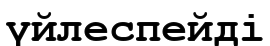
үйлеспейді